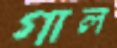
গাল